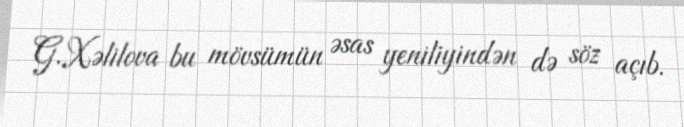
G.Xəlilova bu mövsümün əsas yeniliyindən də söz açıb.